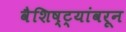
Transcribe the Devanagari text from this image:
वैशिष्ट्यांवरून